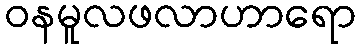
ဝနမူလဖလာဟာရော